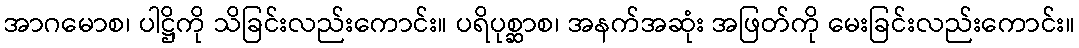
အာဂမောစ၊ ပါဋ္ဌိကို သိခြင်းလည်းကောင်း။ ပရိပုစ္ဆာစ၊ အနက်အဆုံး အဖြတ်ကို မေးခြင်းလည်းကောင်း။